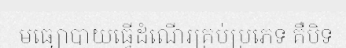
មធ្យោបាយធ្វើដំណើរគ្រប់ប្រភេទ គឺបិទ